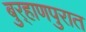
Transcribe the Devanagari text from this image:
बुर्‍हाणपुरात